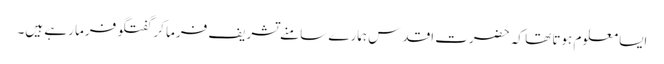
ایسا معلوم ہوتا تھا کہ حضرت اقدس ہمارے سامنے تشریف فرما کر گفتگو فرما رہے ہیں۔